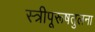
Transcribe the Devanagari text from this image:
स्त्रीपूरूषतुलना